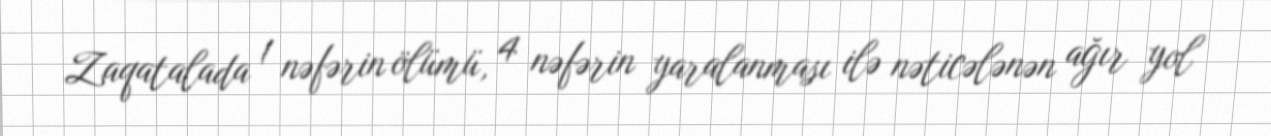
Zaqatalada 1 nəfərin ölümü, 4 nəfərin yaralanması ilə nəticələnən ağır yol